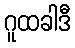
ဂူထခါဒီ